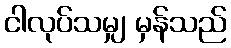
ငါလုပ်သမျှ မှန်သည်